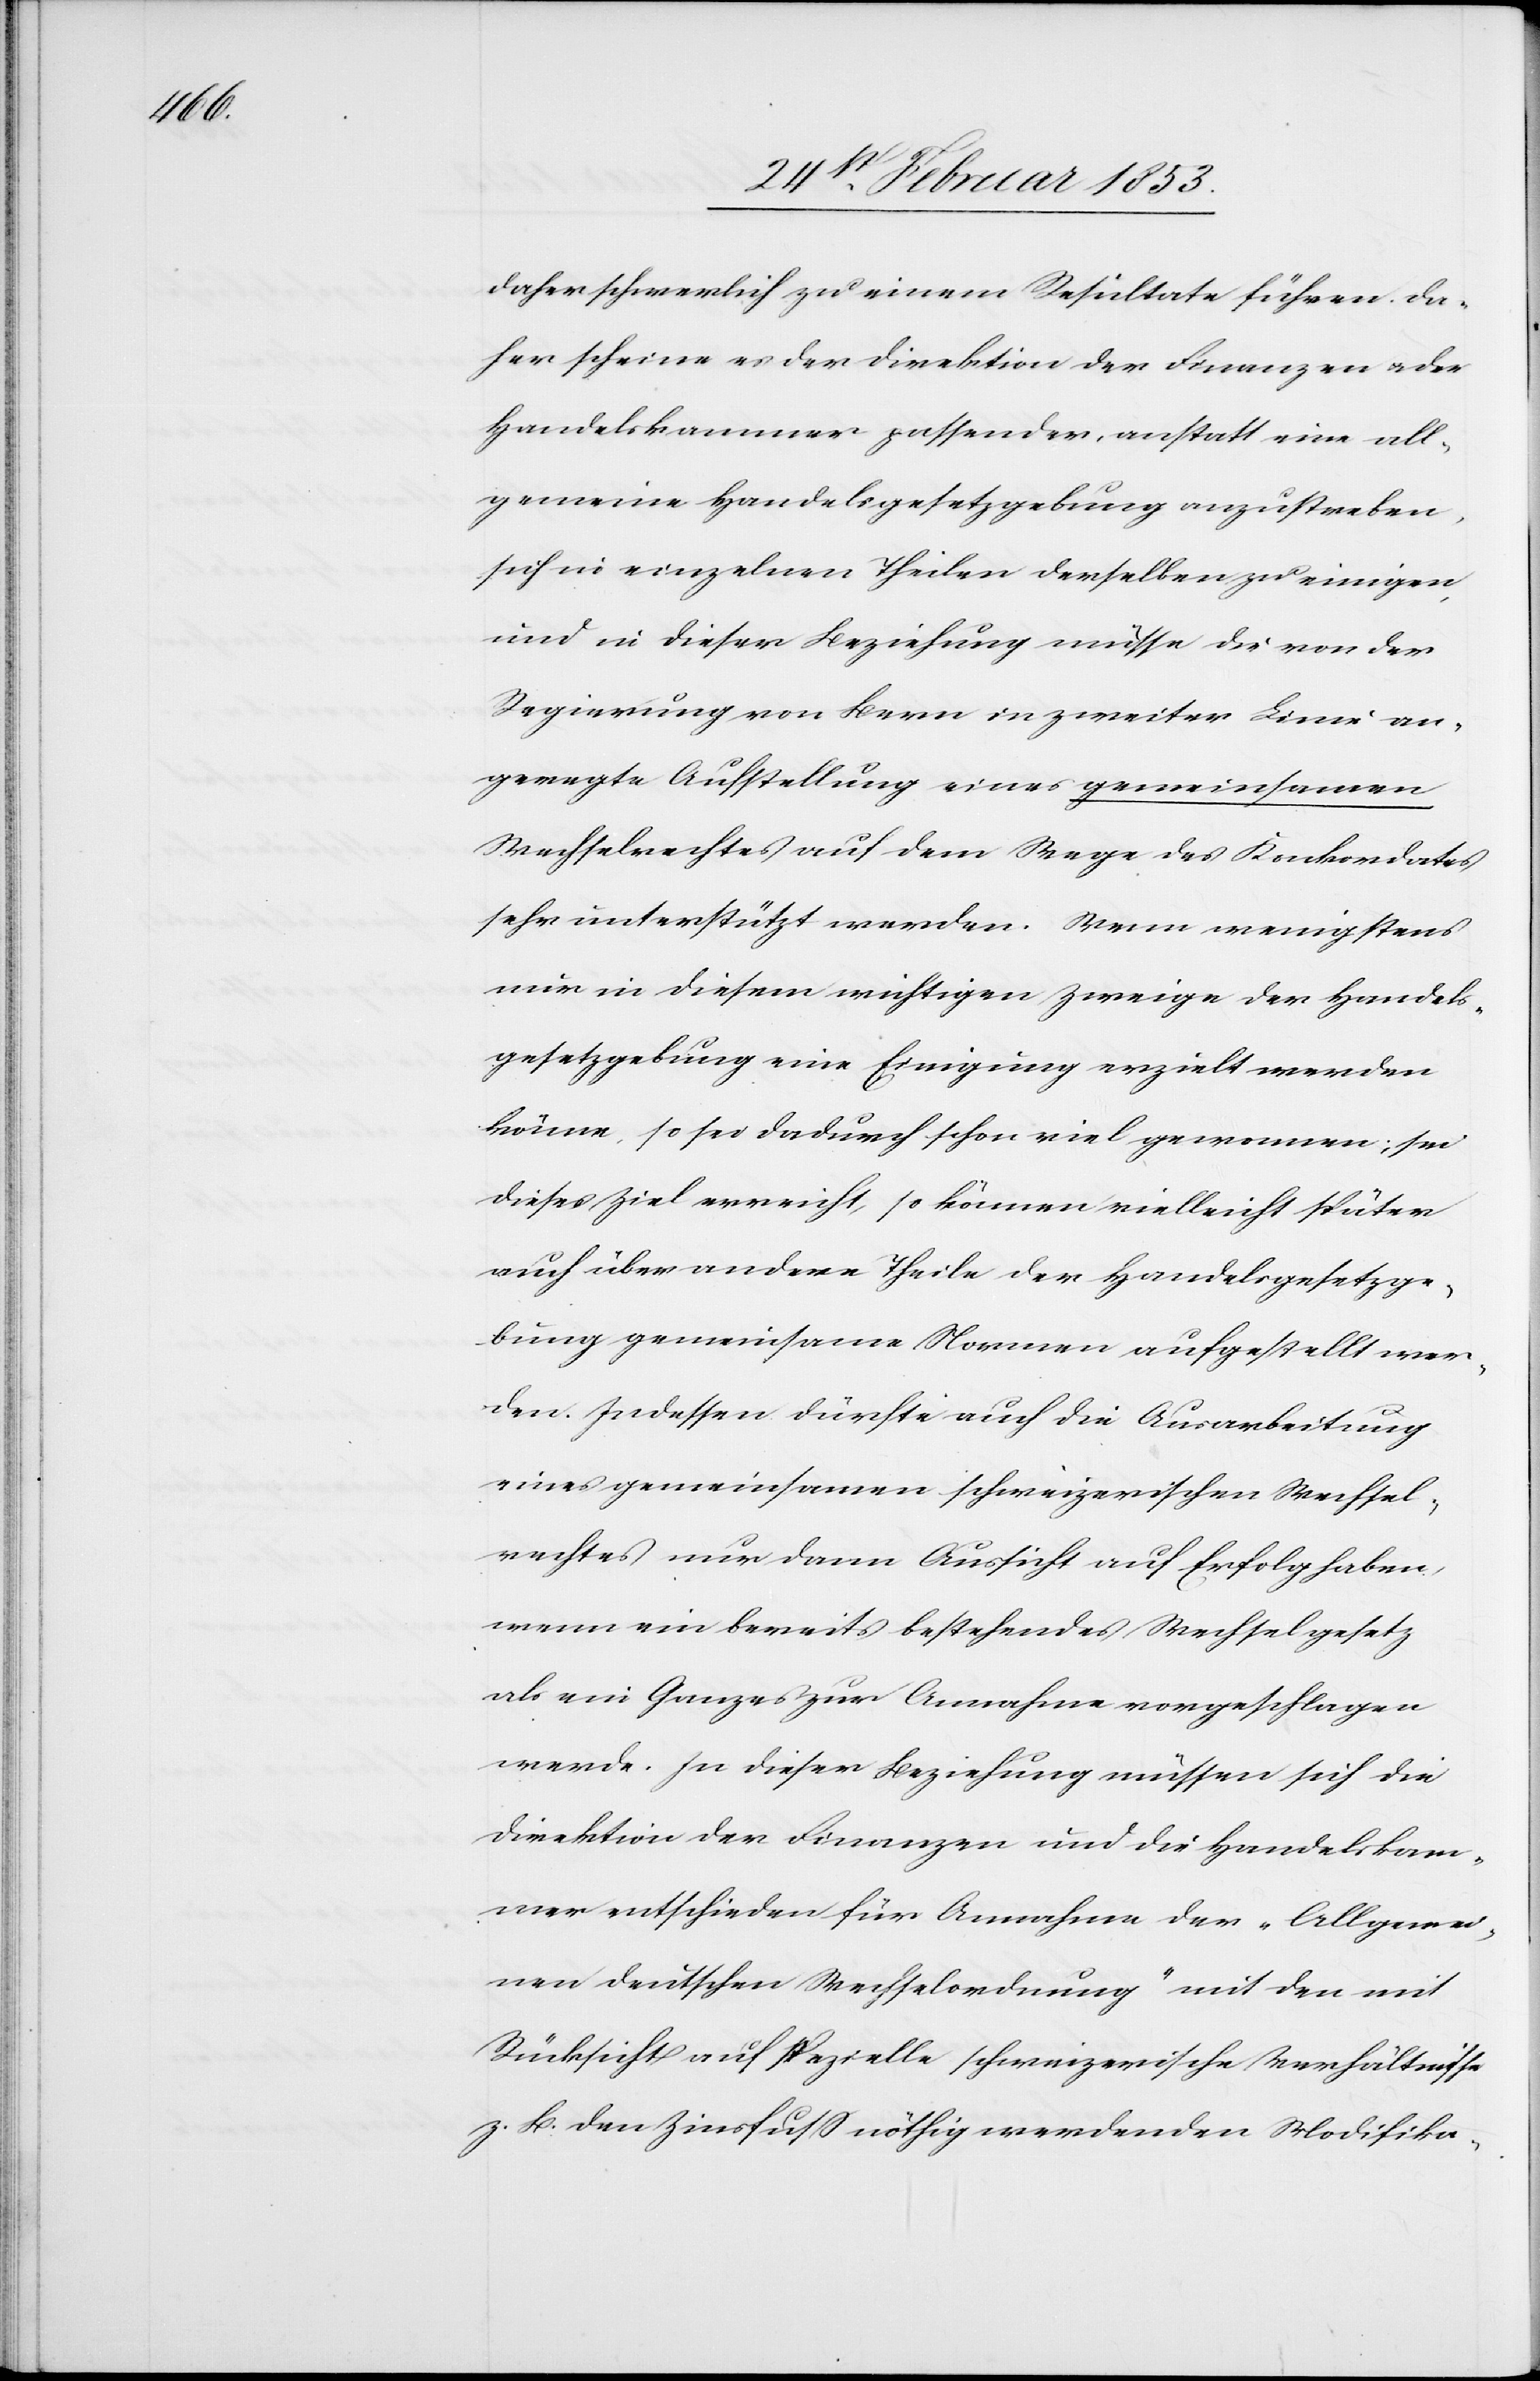
daher schwerlich zu einem Resultate führen. Da¬
her scheine es der Direktion der Finanzen u. der
Handelskammer passender, anstatt eine all¬
gemeine Handelsgesetzgebung anzustreben,
sich in einzelnen Theilen derselben zu einigen,
und in dieser Beziehung müsse die von der
Regierung von Bern in zweiter Linie an¬
geregte Aufstellung eines gemeinsamen
Wechselrechtes auf dem Wege des Konkordates
sehr unterstützt werden. Wenn wenigstens
nur in diesem wichtigen Zweige der Handels¬
gesetzgebung eine Einigung erzielt werden
könne, so sei dadurch schon viel gewonnen; sei
dieses Ziel erreicht, so können vielleicht später
auch über andere Theile der Handelsgesetzge¬
bung gemeinsame Normen aufgestellt wer¬
den. In dessen dürfte auch die Ausarbeitung
eines gemeinsamen schweizerischen Wechsel¬
rechtes nur dann Aussicht auf Erfolg haben,
wenn ein bereits bestehendes Wechselgesetz
als ein Ganzes zur Annahme vorgeschlagen
werde. In dieser Beziehung müssen sich die
Direktion der Finanzen und die Handelskam¬
mer entschieden für Annahme der “Allgemei¬
nen deutschen Wechselordnung“ mit den mit
Rücksicht auf spezielle schweizerische Verhältnisse
z. B. den Zinsfuß nöthig werdenden Modifika-